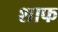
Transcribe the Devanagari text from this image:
शाफ